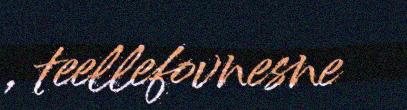
, teellefovnesne